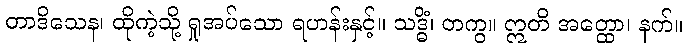
တာဒိသေန၊ ထိုကဲ့သို့ ရှုအပ်သော ရဟန်းနှင့်။ သဒ္ဓိံ၊ တကွ။ ဣတိ အတ္ထော၊ နက်။